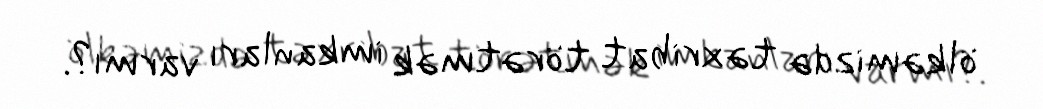
ölkəmizdə təxribat törətmək imkanları varmı?.